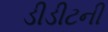
ડીડીટની